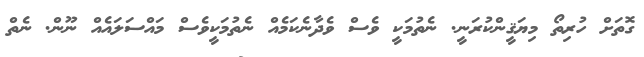
ގޮތަށް ހުރިތޯ މިޔަޤީންކުރަނީ. ނެތުމަކީ ވެސް ވެދާނެކަމެއް ނެތުމަކީވެސް މައްސަލައެއް ނޫން. ނެތް